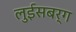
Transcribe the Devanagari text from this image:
लुईसबर्ग